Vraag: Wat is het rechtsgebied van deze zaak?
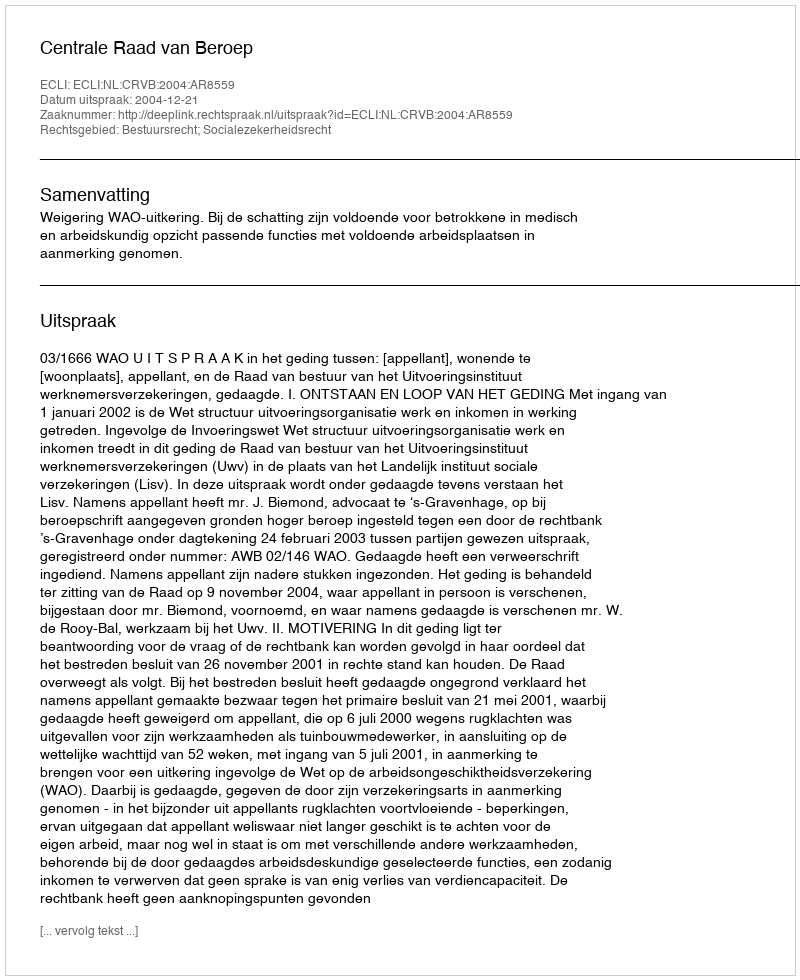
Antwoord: Bestuursrecht; Socialezekerheidsrecht